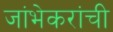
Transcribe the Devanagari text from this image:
जांभेकरांची